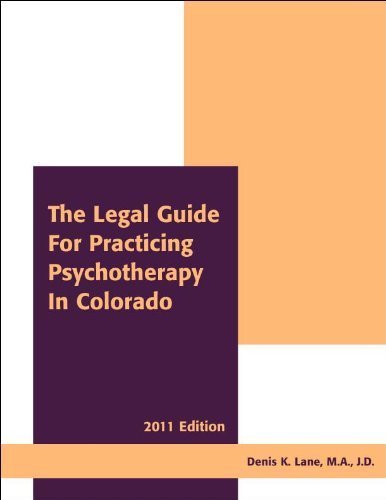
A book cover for The Legal Guide for Practicing Psychotherapy in Colorado 2011; M.A., J.D. Denis K. Lane; Law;